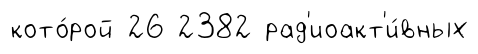
кото́рой 26 2382 рад'иоакт'и́вных